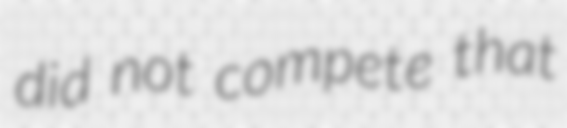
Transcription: did not compete that